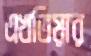
এখতিয়ার